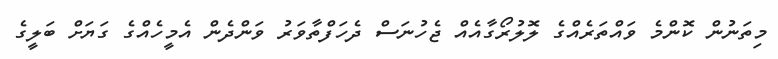
މިތަނުން ކޮންމެ ވައްތަރެއްގެ ލޮލުރޯގާއެއް ޖެހުނަސް ދެހަފްތާވަރު ވަންދެން އެމީހެއްގެ ގަޔަށް ބަލީގެ